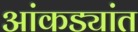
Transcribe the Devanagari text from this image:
आंकड्यांत